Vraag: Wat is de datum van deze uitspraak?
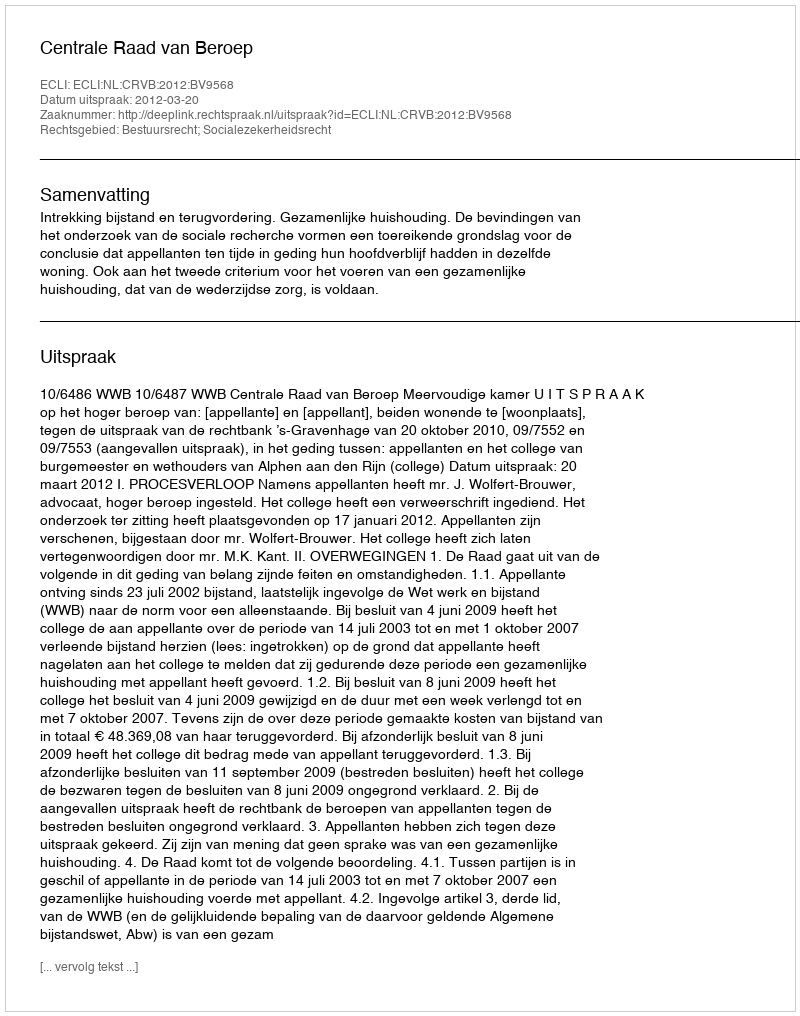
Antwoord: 2012-03-20